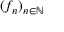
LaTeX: ( f _ { n } ) _ { n \in \mathbb { N } }